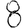
Digit: 8